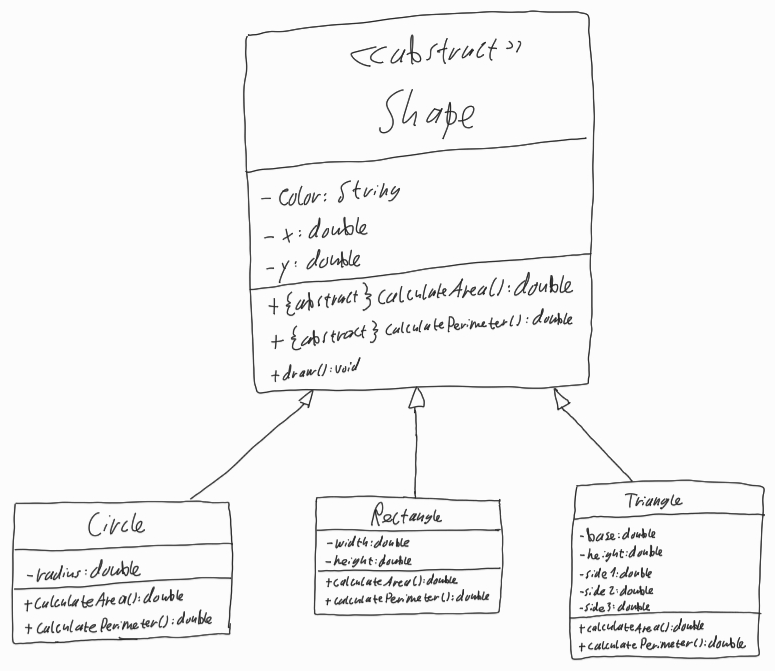
Diagram type: class_diagram
```plantuml
@startuml

abstract Shape {
  - color: String
  - x: double
  - y: double
  + {abstract} calculateArea(): double
  + {abstract} calculatePerimeter(): double
  + draw(): void
}

class Circle extends Shape {
  - radius: double
  + calculateArea(): double
  + calculatePerimeter(): double
}

class Rectangle extends Shape {
  - width: double
  - height: double
  + calculateArea(): double
  + calculatePerimeter(): double
}

class Triangle extends Shape {
  - base: double
  - height: double
  - side1: double
  - side2: double
  - side3: double
  + calculateArea(): double
  + calculatePerimeter(): double
}

@enduml
```